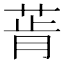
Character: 𰱔